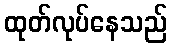
ထုတ်လုပ်နေသည်